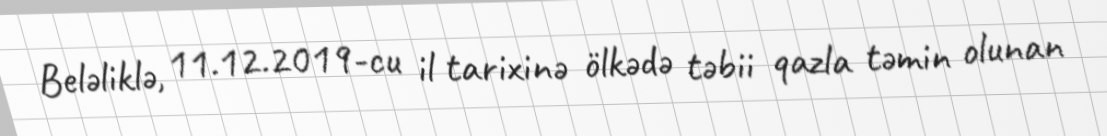
Beləliklə, 11.12.2019-cu il tarixinə ölkədə təbii qazla təmin olunan